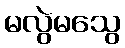
မလွဲမသွေ